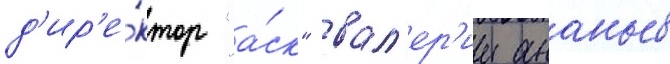
д'ир'е́ктор "а́ск" вал'ер'ии ананьев